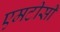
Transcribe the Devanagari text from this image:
एमटीसी